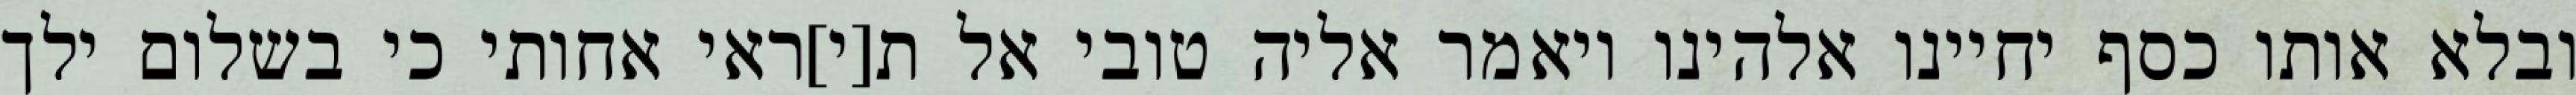
ובלא אותו כסף יחיינו אלהינו ויאמר אליה טובי אל ת[י]ראי אחותי כי בשלום ילך